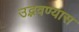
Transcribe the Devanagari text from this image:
उद्भवण्यास